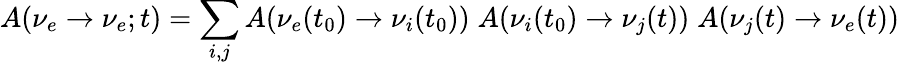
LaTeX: A({\nu_{e}}\to{\nu_{e}};t)=\sum_{i,j}A(\nu_{e}(t_{0})\to\nu_{i}(t_{0}))\; A(\nu_{i}(t_{0})\to\nu_{j}(t))\; A(\nu_{j}(t)\to\nu_{e}(t))\; \; \;